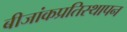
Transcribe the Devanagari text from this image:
बीजांकप्रतिस्थापन